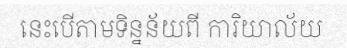
នេះបើតាមទិន្នន័យពី ការិយាល័យ